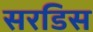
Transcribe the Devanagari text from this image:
सरडिस